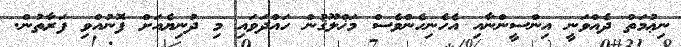
ނިޢުމަތް ދެއްވަނީ އިންސީންނާއި އެހެނިހެންވެސް މަޚްލޫޤުން ހައްދަވައި މި ދުނިޔެއަށް ފޮނުއްވި ފަރާތުން.